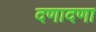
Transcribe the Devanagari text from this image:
दणादणा